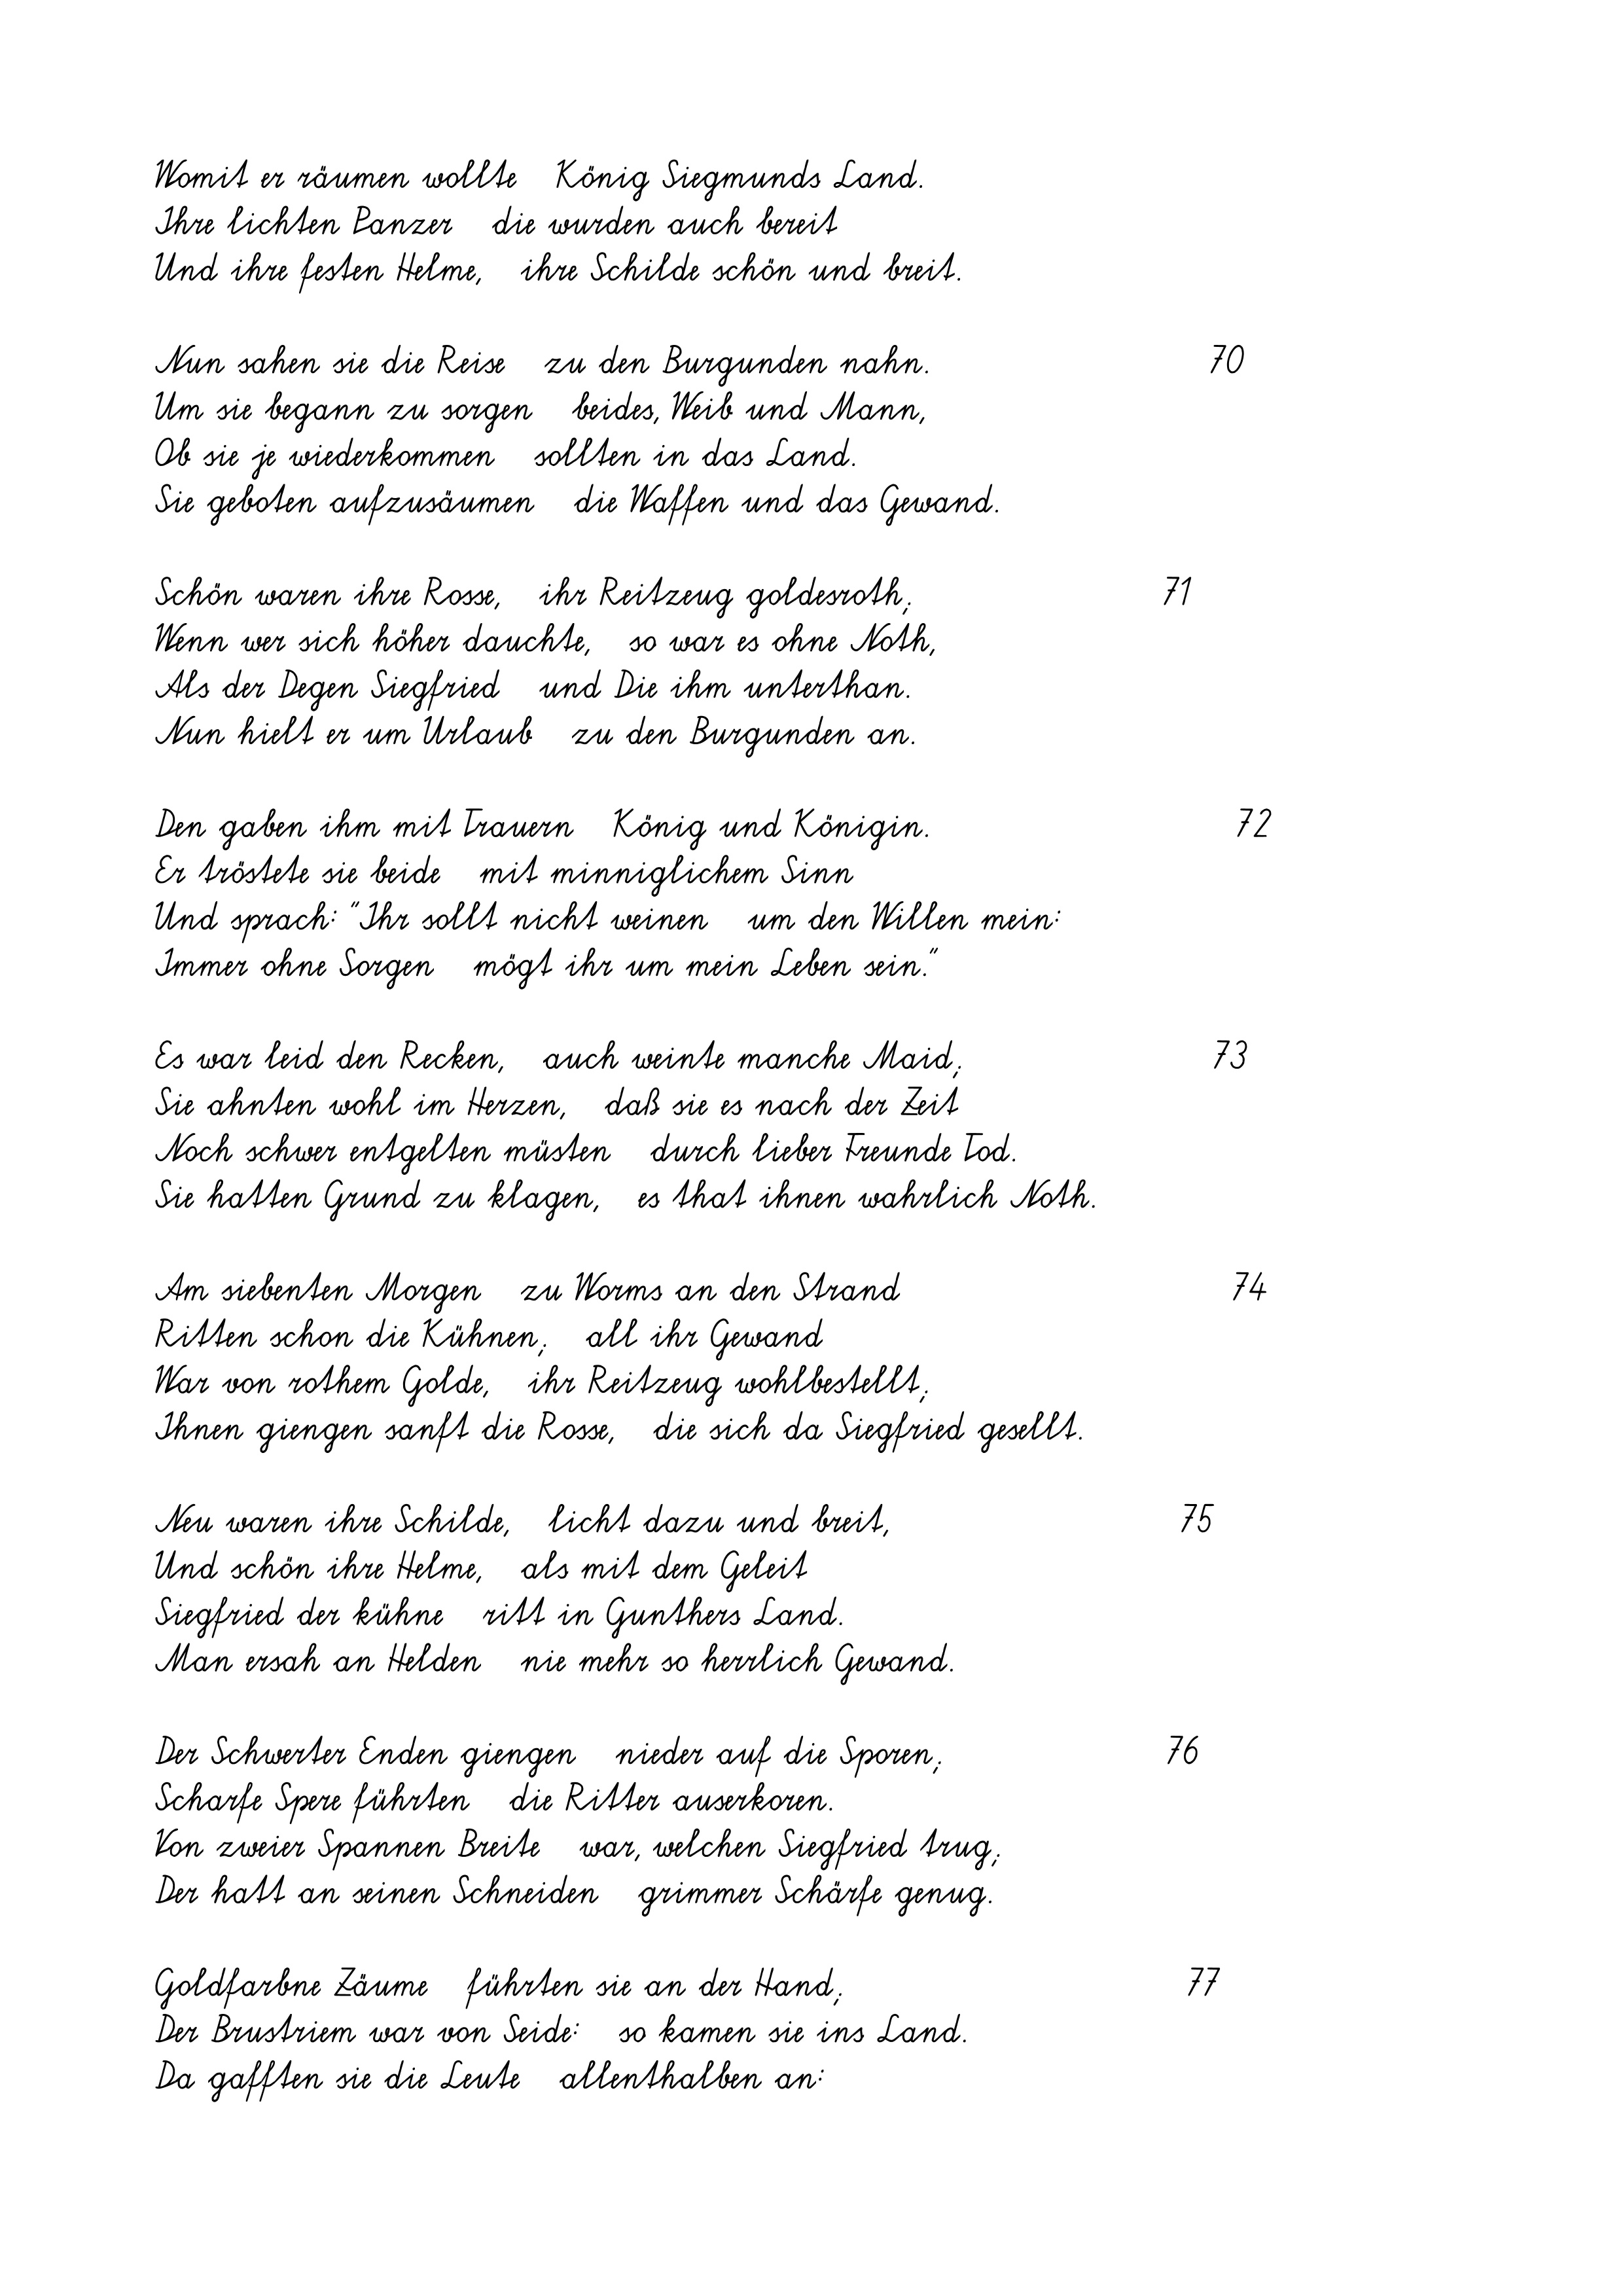
Womit er räumen wollte   König Siegmunds Land.
Ihre lichten Panzer   die wurden auch bereit
Und ihre festen Helme,   ihre Schilde schön und breit.
Nun sahen sie die Reise   zu den Burgunden nahn.
Um sie begann zu sorgen   beides, Weib und Mann,
Ob sie je wiederkommen   sollten in das Land.
Sie geboten aufzusäumen   die Waffen und das Gewand.
Schön waren ihre Rosse,   ihr Reitzeug goldesroth;
Wenn wer sich höher dauchte,   so war es ohne Noth,
Als der Degen Siegfried   und Die ihm unterthan.
Nun hielt er um Urlaub   zu den Burgunden an.
Den gaben ihm mit Trauern   König und Königin.
Er tröstete sie beide   mit minniglichem Sinn
Und sprach: "Ihr sollt nicht weinen   um den Willen mein:
Immer ohne Sorgen   mögt ihr um mein Leben sein."
Es war leid den Recken,   auch weinte manche Maid;
Sie ahnten wohl im Herzen,   daß sie es nach der Zeit
Noch schwer entgelten müsten   durch lieber Freunde Tod.
Sie hatten Grund zu klagen,   es that ihnen wahrlich Noth.
Am siebenten Morgen   zu Worms an den Strand
Ritten schon die Kühnen;   all ihr Gewand
War von rothem Golde,   ihr Reitzeug wohlbestellt
Ihnen giengen sanft die Rosse,   die sich da Siegfried gesellt.
Neu waren ihre Schilde,   licht dazu und breit,
Und schön ihre Helme,   als mit dem Geleit
Siegfried der kühne   ritt in Gunthers Land
Man ersah an Helden   nie mehr so herrlich Gewand.
Der Schwerter Enden giengen   nieder auf die Sporen
Scharfe Spere führten   die Ritter auserkoren.
Von zweier Spannen Breite   war, welchen Siegfried trug
Der hatt an seinen Schneiden   grimmer Schärfe genug.
Goldfarbne Zäume   führten sie an der Hand;
Der Brustriem war von Seide:   so kamen sie ins Land.
Da gafften sie die Leute   allenthalben an:

71

76

77

75

70

72
73
74